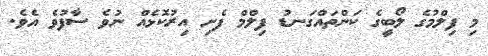
މި ފިލްމުގެ ލޯބީގެ ކަންތައްގަނޑު ފިލްމް ފެށި އިރުކޮޅެއް ނުވެ ސާފުވެ އެވެ.